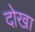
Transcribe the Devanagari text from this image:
दोखा